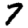
Digit: 7